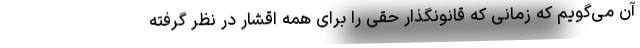
آن می‌گویم که زمانی که قانونگذار حقی را برای همه اقشار در نظر گرفته